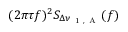
( 2 \pi \tau f ) ^ { 2 } S _ { \Delta \nu _ { \mathrm { ~ 1 ~ , ~ A ~ } } } ( f )